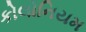
કોલોનિયમ